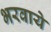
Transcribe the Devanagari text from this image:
भरवाये